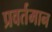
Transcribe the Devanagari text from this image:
प्रवर्तमान